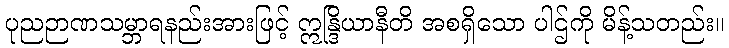
ပုညဉာဏသမ္ဘာရနည်းအားဖြင့် ဣန္ဒြိယာနီတိ အစရှိသော ပါဌ်ကို မိန့်သတည်း။